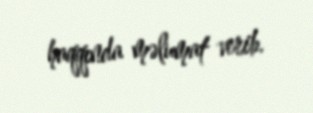
haqqında məlumat verib.